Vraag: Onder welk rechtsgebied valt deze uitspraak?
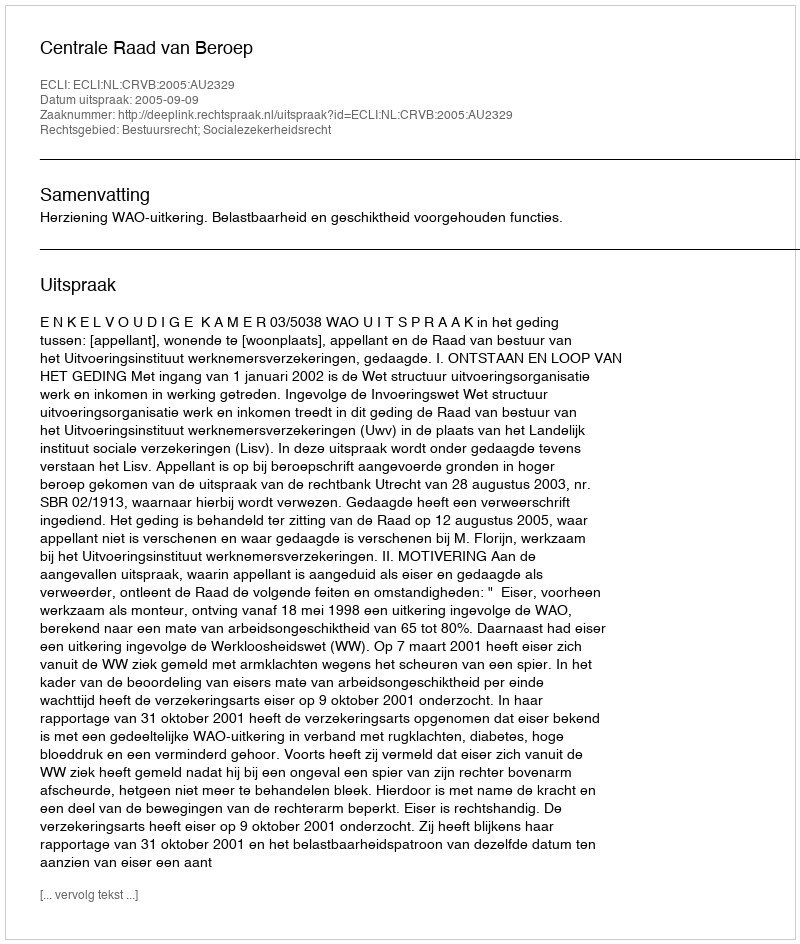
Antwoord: Bestuursrecht; Socialezekerheidsrecht